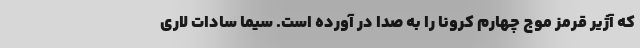
که آژیر قرمز موج چهارم کرونا را به صدا در آورده است. سیما سادات لاری